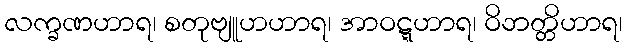
လက္ခဏဟာရ၊ စတုဗျူဟဟာရ၊ အာဝဋ္ဋဟာရ၊ ဝိဘတ္တိဟာရ၊